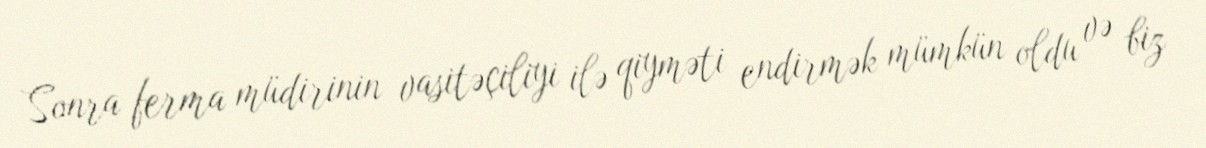
Sonra ferma müdirinin vasitəçiliyi ilə qiyməti endirmək mümkün oldu və biz